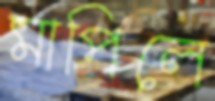
মাপিলে